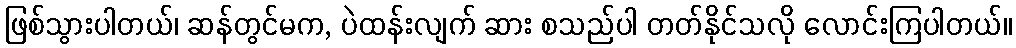
ဖြစ်သွားပါတယ်၊ ဆန်တွင်မက, ပဲထန်းလျက် ဆား စသည်ပါ တတ်နိုင်သလို လောင်းကြပါတယ်။